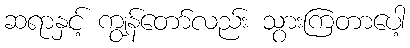
ဆရာနှင့် ကျွန်တော်လည်း သွားကြတာပေါ့